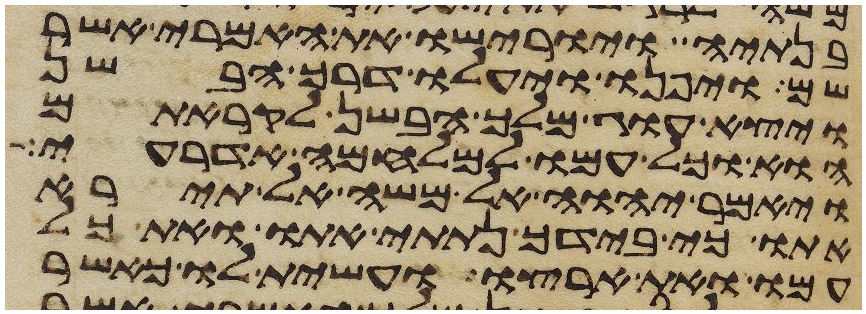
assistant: בנתיה ויורישו את האמרי אשר
שם ויפנו ויעלו דרך הבשן
ויצא עוג מלך הבשן לקראתם
הוא וכל עמו למלחמה אדרעי
ויאמר יהוה אל משה אל תירא
אתו כי בידך נתתי אתו ואת כל
עמו ואת ארצו ועשית לו כאשר